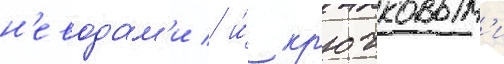
н'еводам'и / и́ кр'ючковым'и